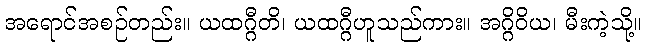
အရောင်အစဉ်တည်း။ ယထဂ္ဂီတိ၊ ယထဂ္ဂီဟူသည်ကား။ အဂ္ဂိဝိယ၊ မီးကဲ့သို့။